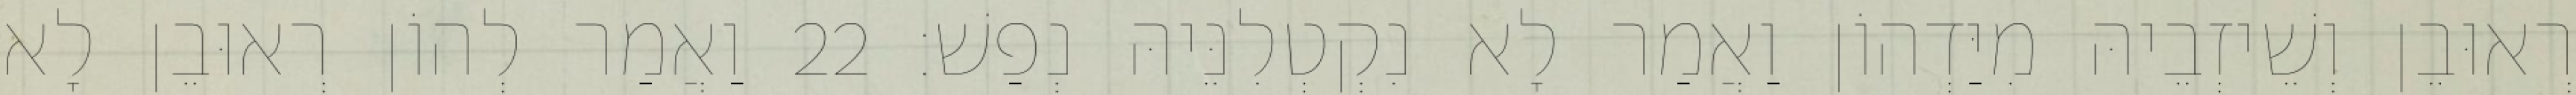
רְאוּבֵן וְשֵׁיזְבֵיהּ מִיַּדְהוֹן וַאֲמַר לָא נִקְטְלִנֵּיהּ נְפַשׁ׃ 22 וַאֲמַר לְהוֹן רְאוּבֵן לָא